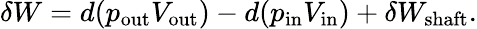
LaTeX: \delta W=d(p_{\mathrm{out}}V_{\mathrm{out}})-d(p_{\mathrm{in}}V_{\mathrm{in}})+\delta W_{\mathrm{shaft}}.